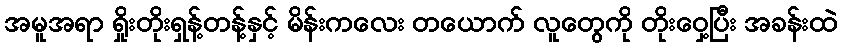
အမူအရာ ရှိုးတိုးရှန့်တန့်နှင့် မိန်းကလေး တယောက် လူတွေကို တိုးဝှေ့ပြီး အခန်းထဲ